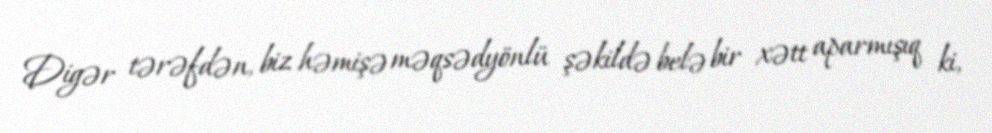
Digər tərəfdən, biz həmişə məqsədyönlü şəkildə belə bir xətt aparmışıq ki,